Annual report of the Bengal Veterinary College and of the Civil Veterinary Department, Bengal, for the year 1909-1910 - 1909-1910
Year: 1909
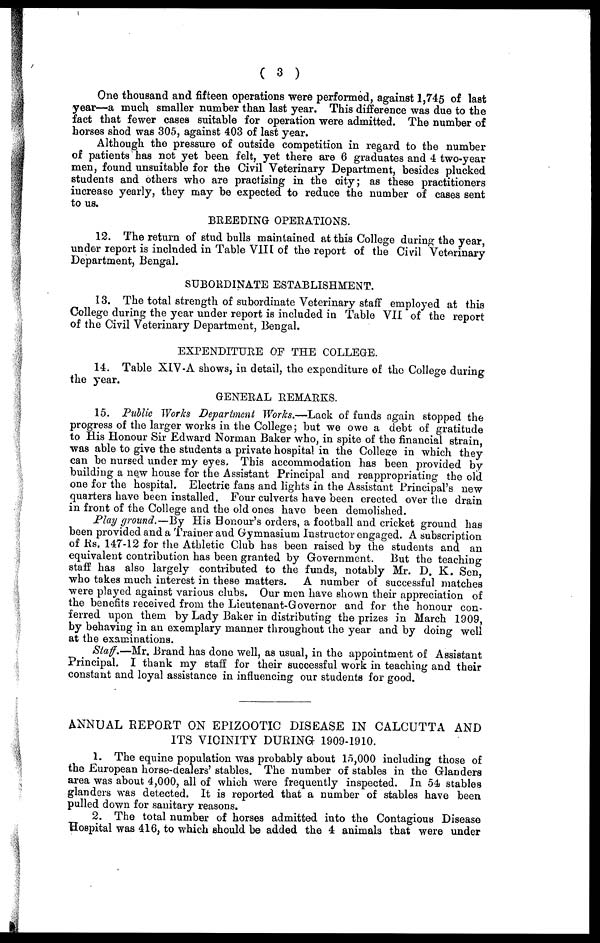
( 3 )
One thousand and fifteen operations were performed, against 1,745 of last
year—a much smaller number than last year. This difference was due to the
fact that fewer cases suitable for operation were admitted. The number of
horses shod was 305, against 403 of last year.
Although the pressure of outside competition in regard to the number
of patients has not yet been felt, yet there are 6 graduates and 4 two-year
men, found unsuitable for the Civil Veterinary Department, besides plucked
students and others who are practising in the city; as these practitioners
increase yearly, they may be expected to reduce the number of cases sent
to us.
BREEDING OPERATIONS.
12. The return of stud bulls maintained at this College during the year,
under report is inclnded in Table VIII of the report of the Civil Veterinary
Department, Bengal.
SUBORDINATE ESTABLISHMENT.
13. The total strength of subordinate Veterinary staff employed at this
College during the year under report is included in Table VII of the report
of the Civil Veterinary Department, Bengal.
EXPENDITURE OF THE COLLEGE.
14. Table XIV-A shows, in detail, the expenditure of the College during
the year.
GENERAL REMARKS.
15. Public Works Department Works.—Lack of funds again stopped the
progress of the larger works in the College; but we owe a debt of gratitude
to His Honour Sir Edward Norman Baker who, in spite of the financial strain,
was able to give the students a private hospital in the College in which they
can be nursed under my eyes. This accommodation has been provided by
building a new house for the Assistant Principal and reappropriating the old
one for the hospital. Electric fans and lights in the Assistant Principal's new
quarters have been installed. Four culverts have been erected over the drain
in front of the College and the old ones have been demolished.
Play ground.—By His Honour's orders, a football and cricket ground has
been provided and a Trainer and Gymnasium Instructor engaged. A subscription
of Rs. 147-12 for the Athletic Club has been raised by the students and an
equivalent contribution has been granted by Government. But the teaching
staff has also largely contributed to the funds, notably Mr. D. K. Sen,
who takes much interest in these matters. A number of successful matches
were played against various clubs. Our men have shown their appreciation of
the benefits received from the Lieutenant-Governor and for the honour con-
ferred upon them by Lady Baker in distributing the prizes in March 1909,
by behaving in an exemplary manner throughout the year and by doing well
at the examinations.
Staff.—Mr. Brand has done well, as usual, in the appointment of Assistant
Principal. I thank my staff for their successful work in teaching and their
constant and loyal assistance in influencing our students for good.
ANNUAL REPORT ON EPIZOOTIC DISEASE IN CALCUTTA AND
ITS VICINITY DURING 1909-1910.
1. The equine population was probably about 15,000 including those of
the European horse-dealers' stables. The number of stables in the Glanders
area was about 4,000, all of which were frequently inspected. In 54 stables
glanders was detected. It is reported that a number of stables have been
pulled down for sanitary reasons.
2. The total number of horses admitted into the Contagious Disease
Hospital was 416, to which should be added the 4 animals that were under